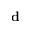
\bf { d }